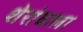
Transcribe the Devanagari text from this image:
शेरांवाला